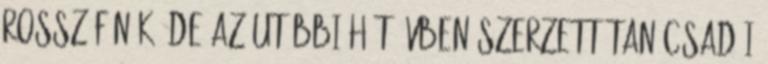
rossz főnök, de az utóbbi hét évben szerzett tanácsadói